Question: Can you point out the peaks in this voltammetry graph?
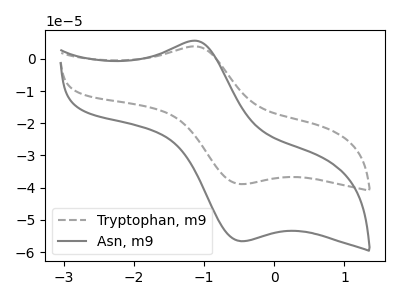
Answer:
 <answer>The gray dashed curve "Tryptophan, m9" has an anodic peak at (-1.15V, 3.85uA) and a cathodic peak at (-0.50V, -38.85uA). The gray curve "Asn, m9" has an anodic peak at (-1.15V, 5.60uA) and a cathodic peak at (-0.50V, -56.60uA).</answer>
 <eval></eval>